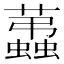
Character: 𧔩